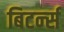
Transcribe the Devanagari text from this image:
बिटर्न्‍स